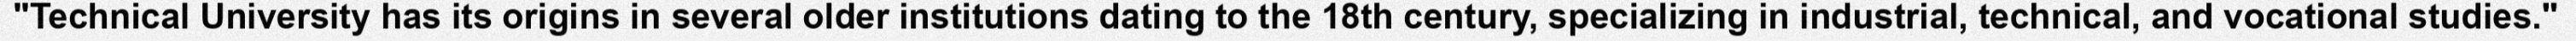
"Technical University has its origins in several older institutions dating to the 18th century, specializing in industrial, technical, and vocational studies."